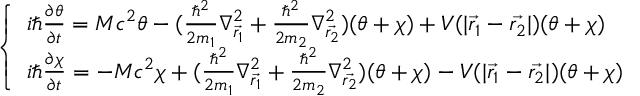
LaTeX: \left\{ \begin{array} { l } { { i \hbar \frac { \partial \theta } { \partial t } = M c ^ { 2 } \theta - ( \frac { \hbar ^ { 2 } } { 2 m _ { 1 } } \nabla _ { \vec { r _ { 1 } } } ^ { 2 } + \frac { \hbar ^ { 2 } } { 2 m _ { 2 } } \nabla _ { \vec { r _ { 2 } } } ^ { 2 } ) ( \theta + \chi ) + V ( | \vec { r _ { 1 } } - \vec { r _ { 2 } } | ) ( \theta + \chi ) } } \\ { { i \hbar \frac { \partial \chi } { \partial t } = - M c ^ { 2 } \chi + ( \frac { \hbar ^ { 2 } } { 2 m _ { 1 } } \nabla _ { \vec { r _ { 1 } } } ^ { 2 } + \frac { \hbar ^ { 2 } } { 2 m _ { 2 } } \nabla _ { \vec { r _ { 2 } } } ^ { 2 } ) ( \theta + \chi ) - V ( | \vec { r _ { 1 } } - \vec { r _ { 2 } } | ) ( \theta + \chi ) } } \end{array} \right.